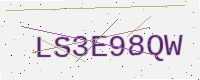
Text: LS3E98QW